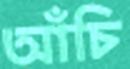
আঁচি